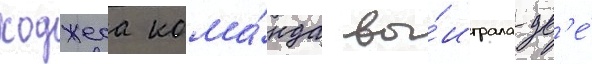
ходжеса кома́нда вы́играла дв'е́